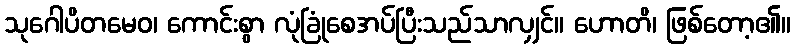
သုဂေါပိတမေဝ၊ ကောင်းစွာ လုံခြုံစေအပ်ပြီးသည်သာလျှင်။ ဟောတိ၊ ဖြစ်တော့၏။